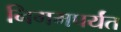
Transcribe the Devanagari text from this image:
निगमपर्यंत